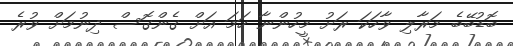
ބޮޑުބޭބެ މަރާލި ވާހަކަ ރަށު މީހުންނާ ހަމަ އަށް ގެންގޮސް ދިނުމަށް ވުރެ